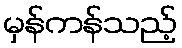
မှန်ကန်သည့်